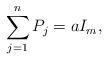
LaTeX: \begin{align*}\sum_{j=1}^n P_j = a I_m, \end{align*}